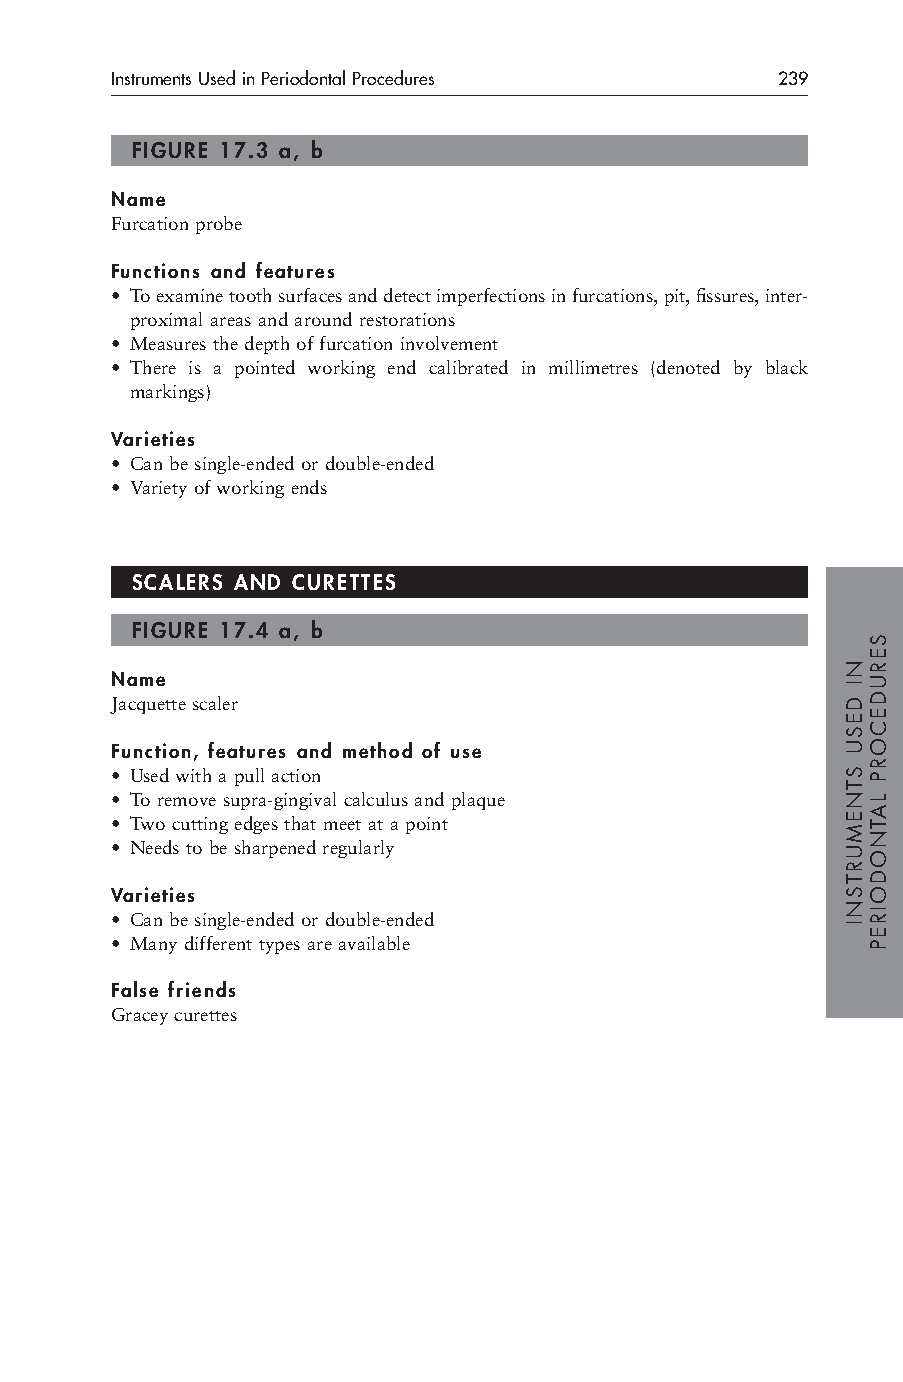
Instruments Used in Periodontal Procedures  239
 FIGURE 17.3 a, b
 Name
 Furcation probe
 Functions and features
 • To examine tooth surfaces and detect imperfections in furcations, pit, fissures, inter-
 proximal areas and around restorations
 • Measures the depth of furcation involvement
 • There is a pointed working end calibrated in millimetres (denoted by black
 markings)
 Varieties
 • Can be single-ended or double-ended
 • Variety of working ends
 SCALERS AND CURETTES
 FIGURE 17.4 a, b
 Name
 Jacquette scaler
 Function, features and method of use
 • Used with a pull action
 • To remove supra-gingival calculus and plaque
 • Two cutting edges that meet at a point
 • Needs to be sharpened regularly
 Varieties
 • Can be single-ended or double-ended
 • Many different types are available
 False friends
 Gracey curettes
 NI
 DESU
 STNEMURTSNI
 SERUDECORP
 LATNODOIREP